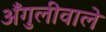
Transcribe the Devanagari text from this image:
अँगुलीवाले